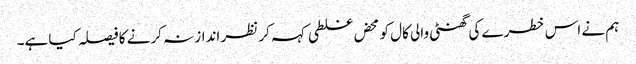
ہم نے اس خطرے کی گھنٹی والی کال کو محض غلطی کہہ کر نظر انداز نہ کرنے کا فیصلہ کیا ہے۔